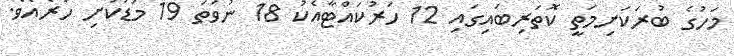
މަހުގެ ބުރަކަށިމަތީ ކޮތަރިބައިގައި 12 ހަރުކައްޓާއެކު 18 ނުވަތަ 19 މަޑުކަށި ހުރެއެވެ.